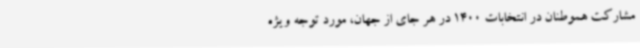
مشارکت هموطنان در انتخابات 1400 در هر جای از جهان، مورد توجه ویژه